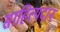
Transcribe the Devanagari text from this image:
साहित्यदान